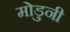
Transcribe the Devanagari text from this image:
मोडुनी